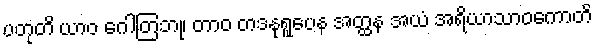
ပတုတိ ယာဝ ဂေါတြဘု၊ တာဝ တဒနုရူပေန အတ္ထန အယံ အရိယာသာဝကောတိ